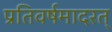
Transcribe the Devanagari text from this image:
प्रतिवर्षमादरत्